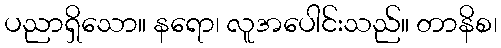
ပညာရှိသော။ နရော၊ လူအပေါင်းသည်။ တာနိစ၊